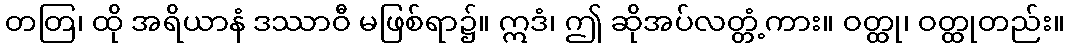
တတြ၊ ထို အရိယာနံ ဒဿာဝီ မဖြစ်ရာ၌။ ဣဒံ၊ ဤ ဆိုအပ်လတ္တံ့ကား။ ဝတ္ထု၊ ဝတ္ထုတည်း။